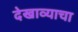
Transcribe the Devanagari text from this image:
देखाव्याचा